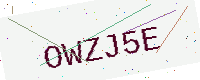
Text: OWZJ5E